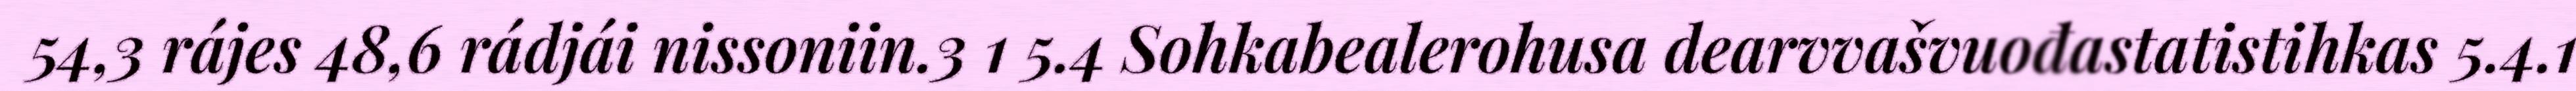
54,3 rájes 48,6 rádjái nissoniin.3 1 5.4 Sohkabealerohusa dearvvašvuođastatistihkas 5.4.1